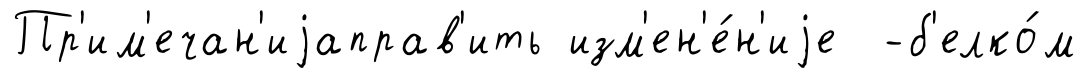
Пр'им'ечан'иjаправ'ить изм'ен'е́н'иjе -б'елко́м